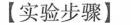
【实验步骤]